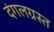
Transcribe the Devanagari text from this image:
दंगलग्रस्त